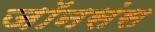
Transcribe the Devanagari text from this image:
जॉनसंस